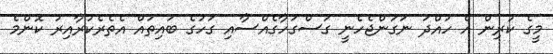
މީގެ ކުރިން އެ ހުއްދަ ނަގަންޖެހެނީ ގަސްގަހާގެއްސާއި ގަހުގެ ބައިތައް އެތެރެކުރާއިރު ކޮންމެ